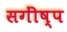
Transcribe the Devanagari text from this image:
सगींष्प